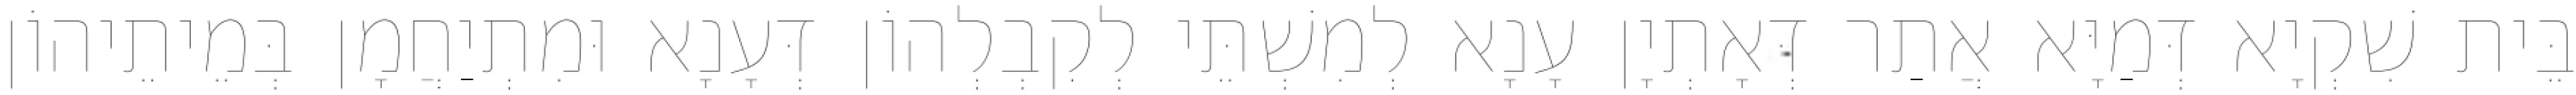
בֵּית שִׁקְיָא דְּמַיָּא אֲתַר דְּאָתְיָן עָנָא לְמִשְׁתֵּי לְקִבְלְהוֹן דְּעָנָא וּמִתְיַחֲמָן בְּמֵיתֵיהוֹן